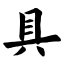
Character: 具